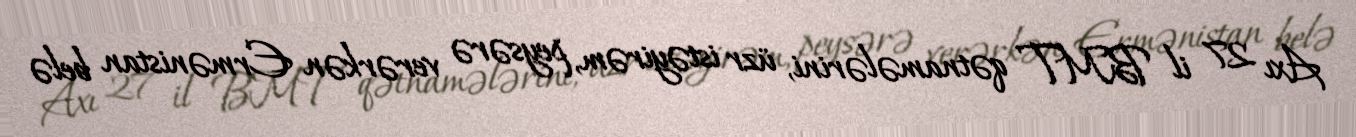
Axı 27 il BMT qətnamələrini, üzr istəyirəm, peysərə verərkən Ermənistan belə